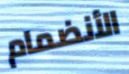
الأنضمام